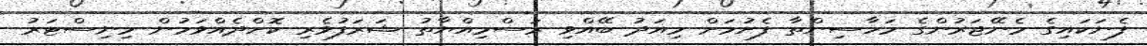
ފެނަކައިގެ މެނޭޖަރުންގެ މަހާސިންތާ ފެށުމަށް މިއަދު ބޭއްވި ރަސްމިއްޔާތު ޝަރަފުވެރި ކޮށްދެއްވަމުން މިނިސްޓަރު